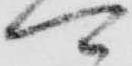
可